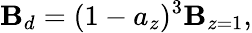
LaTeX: \mathbf{B}_{d}=(1-a_{z})^{3}\mathbf{B}_{z=1},